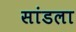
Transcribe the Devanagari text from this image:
सांडला